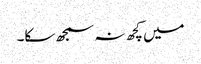
میں کچھ نہ سمجھ سکا۔